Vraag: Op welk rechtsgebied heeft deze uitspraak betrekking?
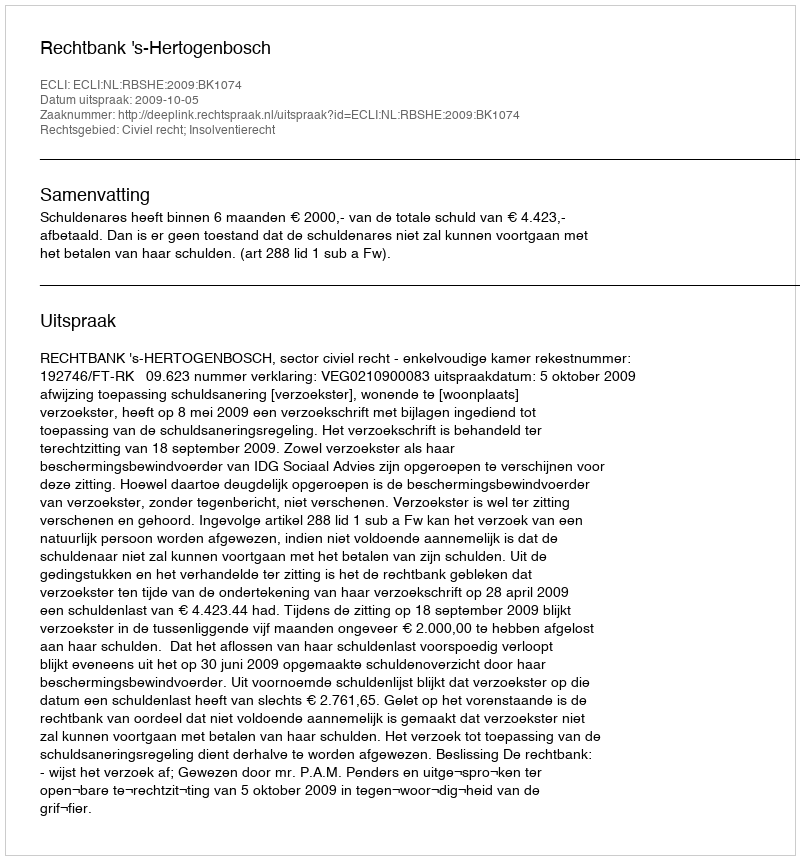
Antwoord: Civiel recht; Insolventierecht